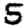
Digit: 5